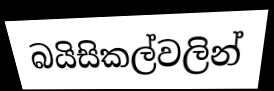
බයිසිකල්වලින්